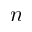
n